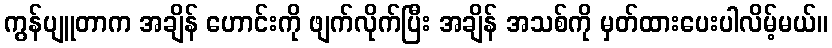
ကွန်ပျူတာက အချိန် ဟောင်းကို ဖျက်လိုက်ပြီး အချိန် အသစ်ကို မှတ်ထားပေးပါလိမ့်မယ်။